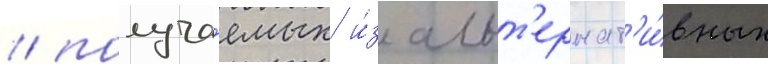
/ получа́емых и́з альт'ернат'и́вных